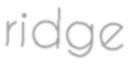
ridge